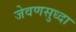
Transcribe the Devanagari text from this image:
जेवणसुध्दा